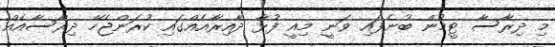
މި ދިރާސާ ޓީމުން ބުނެފައި ވަނީ މިއީ ފުޅާ ދާއިރާއެއްގައި ކުރަންޖެހޭ ދިރާސާއެއް